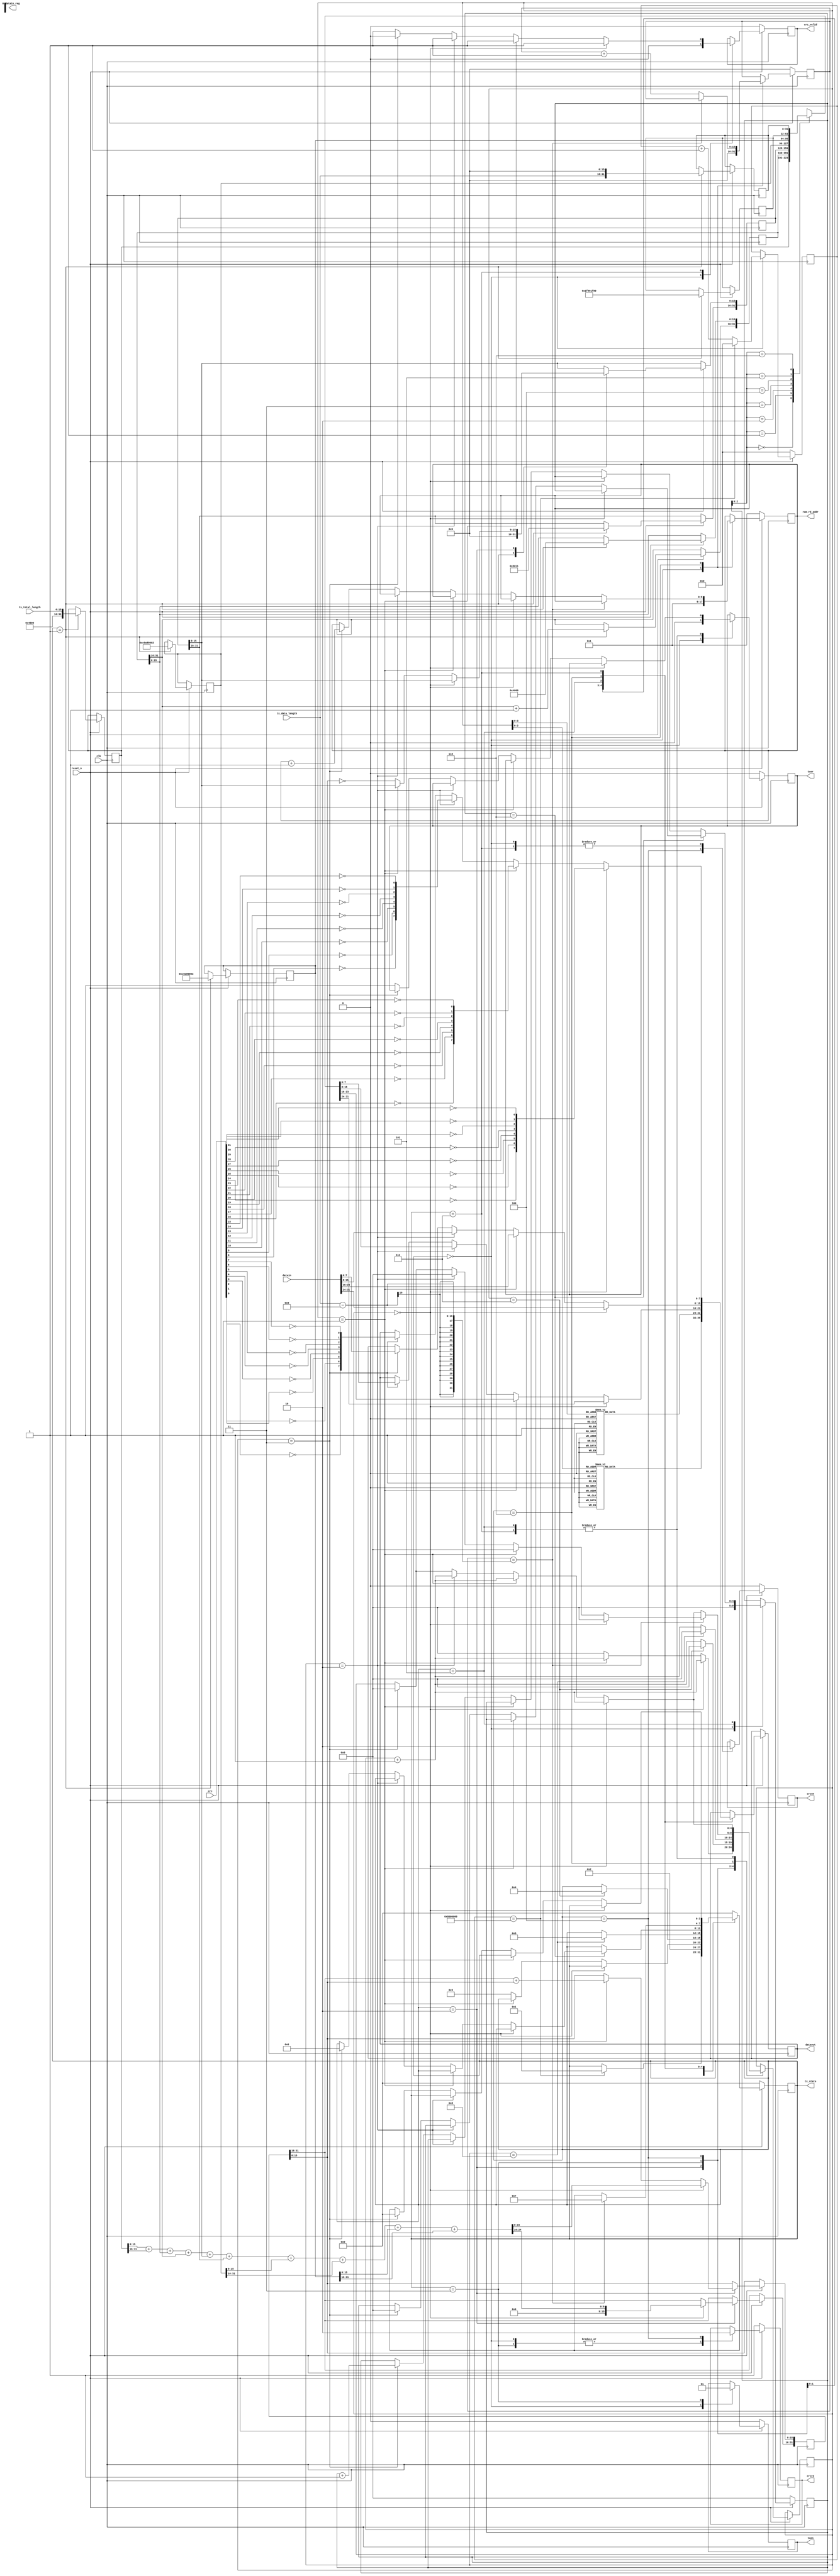
`timescale 1ns / 1ps
module g_ipsend(
				  input              clk,
				  output reg         txen,
				  output reg         txer,
				  output reg [7:0]   dataout,
				  input              reset_n,  				  
				  input      [31:0]  crc,
				  input      [31:0]  datain,
				  output reg         crcen,
				  output reg         crcre,
				  output reg         crc_valid,
				  output reg [3:0]   tx_state,
				  output reg [31:0]  datain_reg,
				  input      [15:0]  tx_data_length,
				  input      [15:0]  tx_total_length,
				  output reg [8:0]   ram_rd_addr
				  
	  );


	  
reg [31:0] ip_header [6:0];                  //1K

reg [7:0] preamble [7:0];                    //preamble
reg [7:0] mac_addr [13:0];                   //mac address
reg [4:0] i,j;

reg [31:0] check_buffer;
reg [31:0] time_counter;
reg [15:0] tx_data_counter;

parameter idle=4'b0000,start=4'b0001,make=4'b0010,send55=4'b0011,sendmac=4'b0100,sendheader=4'b0101,
          senddata=4'b0110,sendcrc=4'b0111;



initial
  begin
	 // tx_state<=idle;
	 //IP 
	 preamble[0]<=8'h55;                 //755,d5
	 preamble[1]<=8'h55;
	 preamble[2]<=8'h55;
	 preamble[3]<=8'h55;
	 preamble[4]<=8'h55;
	 preamble[5]<=8'h55;
	 preamble[6]<=8'h55;
	 preamble[7]<=8'hD5;
	 mac_addr[0]<=8'hFF;                 //MAC ff-ff-ff-ff-ff-ff 
	 mac_addr[1]<=8'hFF;
	 mac_addr[2]<=8'hFF;
	 mac_addr[3]<=8'hFF;
	 mac_addr[4]<=8'hFF;
	 mac_addr[5]<=8'hFF;
	 mac_addr[6]<=8'h00;                 //MAC 00-0A-35-01-FE-C0
	 mac_addr[7]<=8'h0A;
	 mac_addr[8]<=8'h35;
	 mac_addr[9]<=8'h01;
	 mac_addr[10]<=8'hFE;
	 mac_addr[11]<=8'hC0;
	 mac_addr[12]<=8'h08;                //0800: IP
	 mac_addr[13]<=8'h00;
	 i<=0;
 end

	 
always@(negedge clk)
begin		
		if(reset_n==1'b0) begin
		  tx_state<=idle;
		  time_counter<=0;
		  crc_valid<=1'b0;
		  txer<=1'b0;
		  txen<=1'b0;
		  crcen<=1'b0;
		  crcre<=1;
		  j<=0;
		  ram_rd_addr<=1;
		  tx_data_counter<=0;
      end		  
		else begin
			case(tx_state)
			  idle:begin
					 crc_valid<=1'b0;
					 txer<=1'b0;
					 txen<=1'b0;
					 crcen<=1'b0;
					 crcre<=1;
					 j<=0;
					 ram_rd_addr<=1;
					 tx_data_counter<=0;
					 if (time_counter==32'h08000000) begin          //
						  tx_state<=start;  
						  time_counter<=0;
					 end
					 else
						  time_counter<=time_counter+1'b1;				
				end
				start:begin
						ip_header[0]<={16'h4500,tx_total_length};        //4 20IP
						ip_header[1][31:16]<=ip_header[1][31:16]+1'b1;   //
						ip_header[1][15:0]<=16'h4000;                    //Fragment offset
						ip_header[2]<=32'h80110000;                      //mema[2][15:0] 17(UDP)
						ip_header[3]<=32'hc0a80002;                      //192.168.0.2
						ip_header[4]<=32'hc0a80003;                      //192.168.0.3
						ip_header[5]<=32'h1f901f90;                      //228080
						ip_header[6]<={tx_data_length,16'h0000};         //22
						tx_state<=make;
				end	
				make:begin            //
					 if(i==0) begin
						  check_buffer<=ip_header[0][15:0]+ip_header[0][31:16]+ip_header[1][15:0]+ip_header[1][31:16]+ip_header[2][15:0]+
											ip_header[2][31:16]+ip_header[3][15:0]+ip_header[3][31:16]+ip_header[4][15:0]+ip_header[4][31:16];
						  i<=i+1'b1;
						end
					 else if(i==1) begin
							check_buffer[15:0]<=check_buffer[31:16]+check_buffer[15:0];
							i<=i+1'b1;
					 end
					 else	begin
							ip_header[2][15:0]<=~check_buffer[15:0];                 //header checksum
							i<=0;
							tx_state<=send55;
						end
				end
				send55: begin                    //8IP:755, 1d5                    
					 txen<=1'b1;
					 crcre<=1'b1;                            //reset crc  
					 if(i==7) begin
						dataout[7:0]<=preamble[i][7:0];
						i<=0;
						tx_state<=sendmac;
					 end
					 else begin                        
						 dataout[7:0]<=preamble[i][7:0];
						 i<=i+1;
					 end
				end	
				sendmac: begin                           //MAC addressMAC address  
					 crcen<=1'b1;                            //crc		
					 crcre<=1'b0;                            			
					 if(i==13) begin
						dataout[7:0]<=mac_addr[i][7:0];
						i<=0;
						tx_state<=sendheader;
					 end
					 else begin                        
						 dataout[7:0]<=mac_addr[i][7:0];
						 i<=i+1'b1;
					 end
				end
				sendheader: begin                        //732bitIP 
					if(j==6) begin                             
						  if(i==0) begin
							 dataout[7:0]<=ip_header[j][31:24];
							 i<=i+1'b1;
						  end
						  else if(i==1) begin
							 dataout[7:0]<=ip_header[j][23:16];
							 i<=i+1'b1;
						  end
						  else if(i==2) begin
							 dataout[7:0]<=ip_header[j][15:8];
							 i<=i+1'b1;
						  end
						  else if(i==3) begin
							 dataout[7:0]<=ip_header[j][7:0];
							 i<=0;
							 j<=0;
							 tx_state<=senddata;			 
						  end
						  else
							 txer<=1'b1;
					end		 
					else begin
						  if(i==0) begin
							 dataout[7:0]<=ip_header[j][31:24];
							 i<=i+1'b1;
						  end
						  else if(i==1) begin
							 dataout[7:0]<=ip_header[j][23:16];
							 i<=i+1'b1;
						  end
						  else if(i==2) begin
							 dataout[7:0]<=ip_header[j][15:8];
							 i<=i+1'b1;
						  end
						  else if(i==3) begin
							 dataout[7:0]<=ip_header[j][7:0];
							 i<=0;
							 j<=j+1'b1;
						  end					
						  else
							 txer<=1'b1;
					end
				 end
				 senddata:begin                                      //UDP
					if(tx_data_counter==tx_data_length-9) begin       //
						tx_state<=sendcrc;	
						if(i==0) begin    
						  dataout[7:0]<=datain[31:24];
						  i<=0;
						end
						else if(i==1) begin
						  dataout[7:0]<=datain[23:16];
						  i<=0;
						end
						else if(i==2) begin
						  dataout[7:0]<=datain[15:8];
						  i<=0;
						end
						else if(i==3) begin
						  dataout[7:0]<=datain[7:0];
						  i<=0;
						end
					end
					else begin                                     //
						tx_data_counter<=tx_data_counter+1'b1;			
						if(i==0) begin    
						  dataout[7:0]<=datain[31:24];
						  i<=i+1'b1;
						end
						else if(i==1) begin
						  dataout[7:0]<=datain[23:16];
						  i<=i+1'b1;
						end
						else if(i==2) begin
						  dataout[7:0]<=datain[15:8];
						  i<=i+1'b1;
						end
						else if(i==3) begin
						  dataout[7:0]<=datain[7:0];
						  i<=0; 
						  ram_rd_addr<=ram_rd_addr+1'b1;						  
						end
					end
				end	
				sendcrc: begin                              //32crc
					crcen<=1'b0;
					crc_valid<=1'b1;
					if(i==0)	begin
						  dataout[7:0] <= {~crc[24], ~crc[25], ~crc[26], ~crc[27], ~crc[28], ~crc[29], ~crc[30], ~crc[31]};
						  i<=i+1'b1;
						end
					else begin
					  if(i==1) begin
							dataout[7:0]<={~crc[16], ~crc[17], ~crc[18], ~crc[19], ~crc[20], ~crc[21], ~crc[22], ~crc[23]};
							i<=i+1'b1;
					  end
					  else if(i==2) begin
							dataout[7:0]<={~crc[8], ~crc[9], ~crc[10], ~crc[11], ~crc[12], ~crc[13], ~crc[14], ~crc[15]};
							i<=i+1'b1;
					  end
					  else if(i==3) begin
							dataout[7:0]<={~crc[0], ~crc[1], ~crc[2], ~crc[3], ~crc[4], ~crc[5], ~crc[6], ~crc[7]};
							i<=0;
							tx_state<=idle;
							crc_valid<=1'b0;
					  end
					  else begin
							txer<=1'b1;
					  end
					end
				end					
				default:tx_state<=idle;		
			 endcase	 
     end			 
 end
endmodule